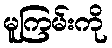
မူကြမ်းကို